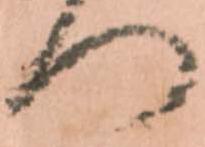
つ